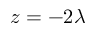
z = - 2 \lambda